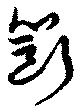
斲